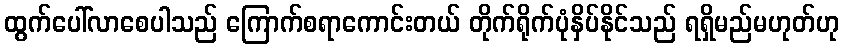
ထွက်ပေါ်လာစေပါသည် ကြောက်စရာကောင်းတယ် တိုက်ရိုက်ပုံနှိပ်နိုင်သည် ရရှိမည်မဟုတ်ဟု